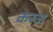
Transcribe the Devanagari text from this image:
करुअ